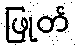
ဖြုတ်